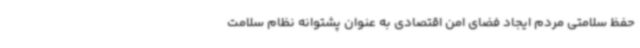
حفظ سلامتی مردم ایجاد فضای امن اقتصادی به عنوان پشتوانه نظام سلامت